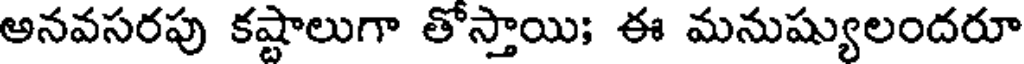
అనవసరపు కష్టాలుగా తోస్తాయి; ఈ మనుష్యులందరూ